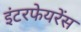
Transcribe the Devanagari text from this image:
इंटरफेयरेंस